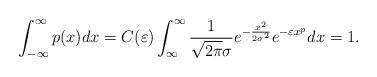
LaTeX: \begin{align*}\int_{-\infty}^{\infty} p(x)dx=C(\varepsilon) \int_{\infty}^{\infty} \frac{1}{\sqrt{2\pi} \sigma} e^{-\frac{x^{2}}{2 \sigma^{2}}} e^{-\varepsilon x^{p}} dx=1.\end{align*}